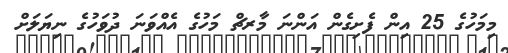
މިމަހުގެ 25 އިން ފެށިގެން އަންނަ މާރޗް މަހުގެ އެއްވަނަ ދުވަހުގެ ނިޔަލަށް